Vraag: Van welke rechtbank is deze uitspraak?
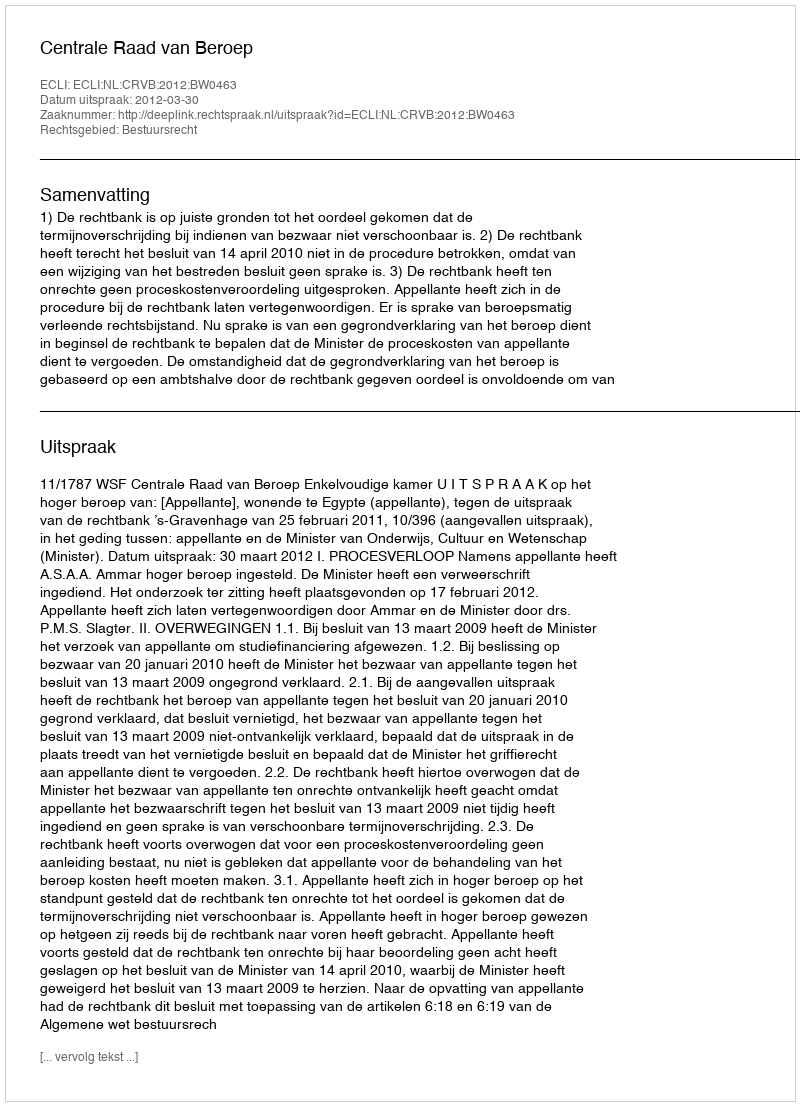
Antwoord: Centrale Raad van Beroep